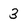
Character: 3